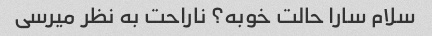
سلام سارا حالت خوبه؟ ناراحت به نظر میرسی